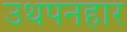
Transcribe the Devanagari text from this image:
उथपनहार